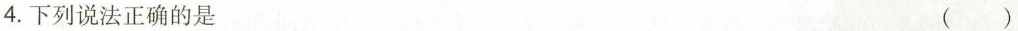
4.下列说法正确的是 ( )